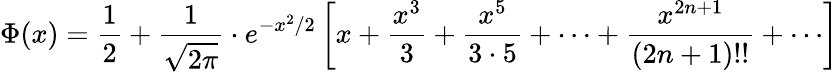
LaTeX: \Phi(x)={\frac{1}{2}}+{\frac{1}{\sqrt{2\pi}}}\cdot e^{-x^{2}/2}\left[x+{\frac{x^{3}}{3}}+{\frac{x^{5}}{3\cdot 5}}+\cdots+{\frac{x^{2n+1}}{(2n+1)!!}}+\cdots\right]